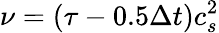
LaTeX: \nu=(\tau-0.5\Delta t)c_{s}^{2}